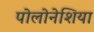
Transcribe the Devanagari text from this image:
पोलोनेशिया